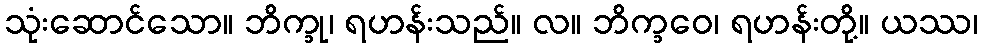
သုံးဆောင်သော။ ဘိက္ခု၊ ရဟန်းသည်။ လ။ ဘိက္ခဝေ၊ ရဟန်းတို့။ ယဿ၊